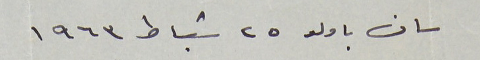
سان باولو ٢٥ شباط ١٩٦٣